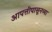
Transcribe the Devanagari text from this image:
आपत्तींपासूनच्या